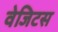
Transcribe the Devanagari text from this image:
वेजिटस